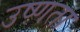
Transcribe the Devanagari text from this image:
उष्‍णता